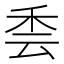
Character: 𮂳